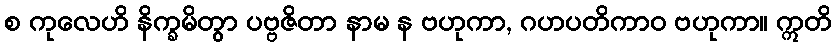
စ ကုလေဟိ နိက္ခမိတွာ ပဗ္ဗဇိတာ နာမ န ဗဟုကာ, ဂဟပတိကာဝ ဗဟုကာ။ ဣတိ